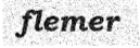
flemer